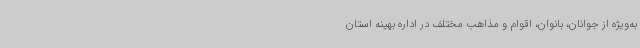
به‌ویژه از جوانان، بانوان، اقوام و مذاهب مختلف در اداره بهینه استان